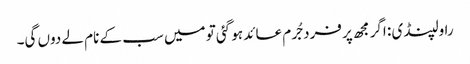
راولپنڈی : اگر مجھ پر فرد جُرم عائد ہو گئی تو میں سب کے نام لے دوں گی۔